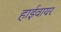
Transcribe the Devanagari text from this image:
हाईवायर